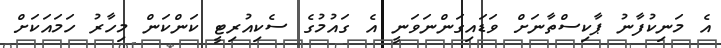
އެ މަނިކުފާނު ޕާކިސްތާނަށް ވަޑައިގަންނަވަނީ އެ ގައުމުގެ ސެކިއުރިޓީ ކަންކަން މިހާރު ހަމައަކަށް